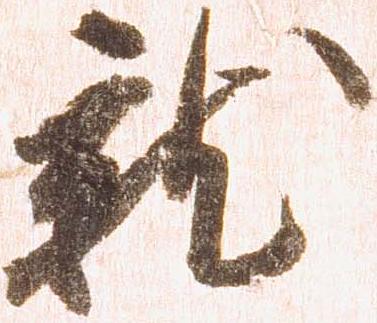
就